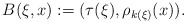
\begin{align*}B ( \xi , x ) := ( \tau (\xi ) , \rho _{k(\xi)} (x) ) .\end{align*}